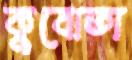
কুবোতা